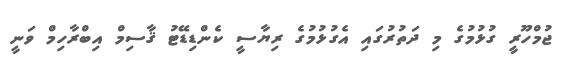
ޖުމްހޫރީ ގުޅުމުގެ މި ދަތުރުގައި އެގުޅުމުގެ ރިޔާސީ ކެންޑިޑޭޓު ޤާސިމް އިބްރާހިމް ވަނީ